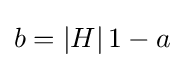
b=|H|\,1-a